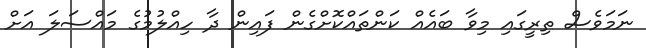
ނަމަވެސް ތިރީގައި މިވާ ބައެއް ކަންތައްކޮށްގެން ފައިން ދާ ހިއްލުމުގެ މައްސަލަ އަށް